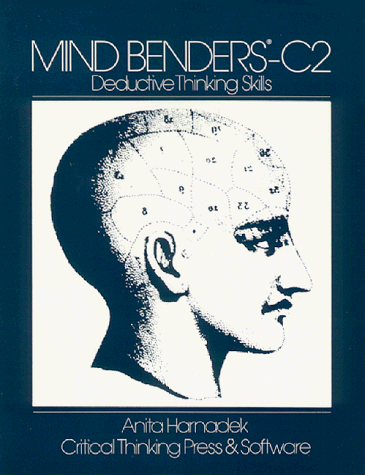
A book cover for Mind Benders C2; Anita Harnadek; Teen & Young Adult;